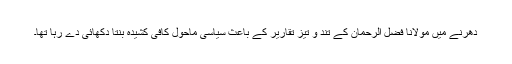
دھرنے میں مولانا فضل الرحمان کے تند و تیز تقاریر کے باعث سیاسی ماحول کافی کشیدہ بنتا دکھائی دے رہا تھا۔